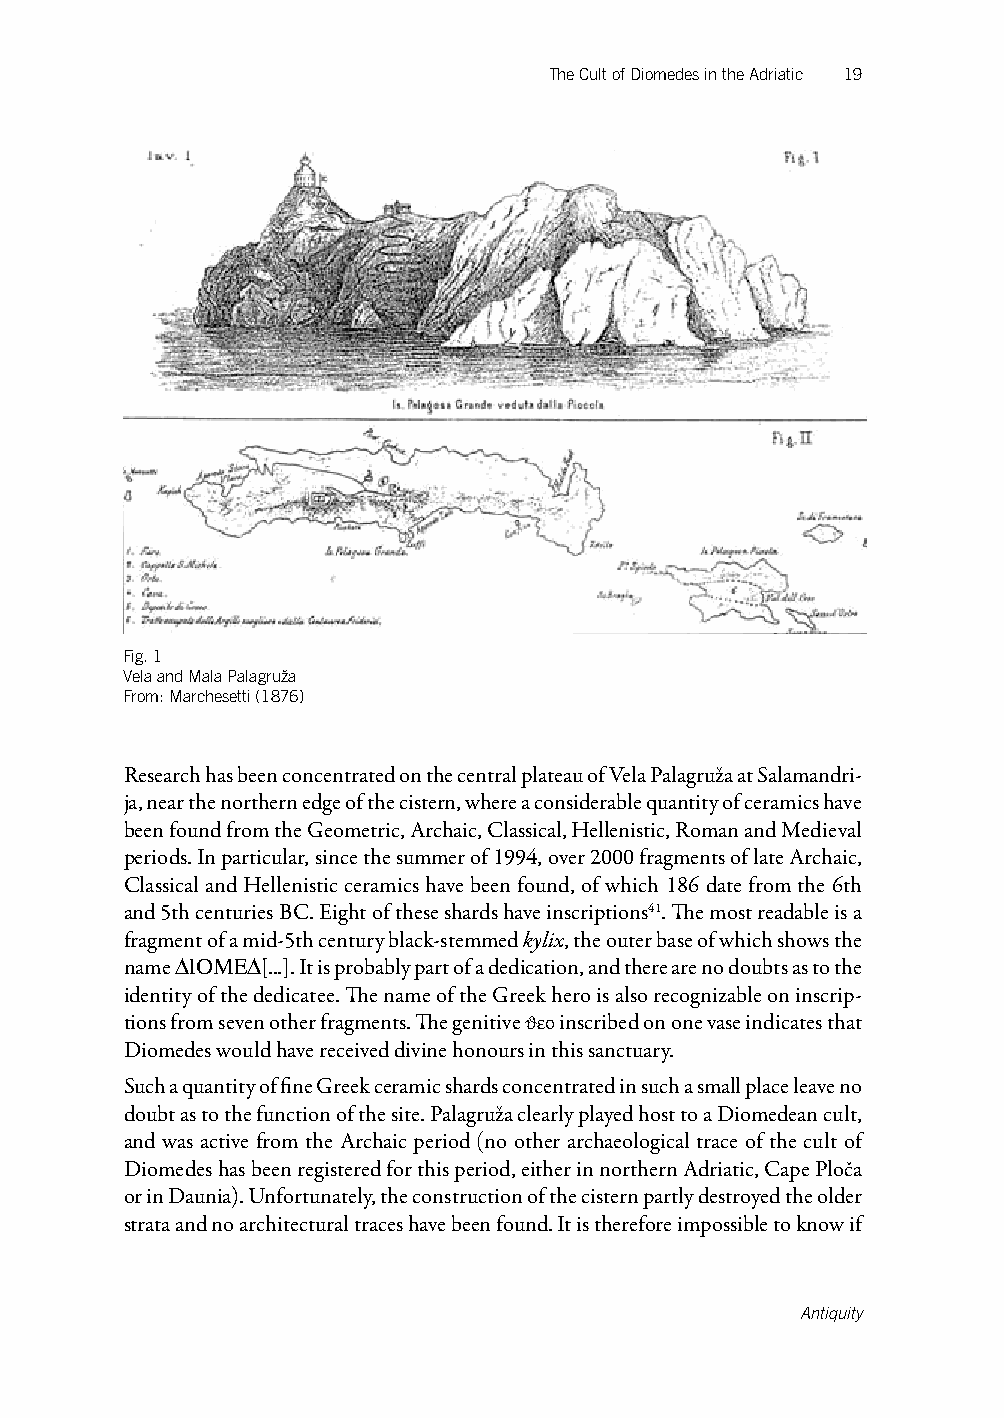
The Cult of Diomedes in the Adriatic 19
 Fig. 1
 Vela and Mala Palagruža
 From: Marchesetti (1876)
 Research has been concentrated on the central plateau of Vela Palagruža at Salamandri-
 ja, near the northern edge of the cistern, where a considerable quantity of ceramics have
 been found from the Geometric, Archaic, Classical, Hellenistic, Roman and Medieval
 periods. In particular, since the summer of 1994, over 2000 fragments of late Archaic,
 Classical and Hellenistic ceramics have been found, of which 186 date from the 6th
 and 5th centuries BC. Eight of these shards have inscriptions41. The most readable is a
 fragment of a mid-5th century black-stemmed kylix, the outer base of which shows the
 name DIOMED[...]. It is probably part of a dedication, and there are no doubts as to the
 identity of the dedicatee. The name of the Greek hero is also recognizable on inscrip-
 tions from seven other fragments. The genitive jeo inscribed on one vase indicates that
 Diomedes would have received divine honours in this sanctuary.
 Such a quantity of fine Greek ceramic shards concentrated in such a small place leave no
 doubt as to the function of the site. Palagruža clearly played host to a Diomedean cult,
 and was active from the Archaic period (no other archaeological trace of the cult of
 Diomedes has been registered for this period, either in northern Adriatic, Cape Ploča
 or in Daunia). Unfortunately, the construction of the cistern partly destroyed the older
 strata and no architectural traces have been found. It is therefore impossible to know if
 Antiquity